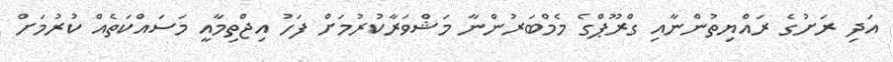
އަދި ރަށުގެ ރައްޔިތުންނާއި ގްރޫޕްގެ މެމްބަރުންނާ މަޝްވަރާކުރުމަށް ފަހު އިޖްތިމާއީ މަސައްކަތެއް ކުރުމަށް